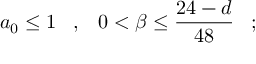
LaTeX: a _ { 0 } \leq 1 \; \; \; , \; \; \; 0 < \beta \leq { \frac { 2 4 - d } { 4 8 } } \; \; \; ;